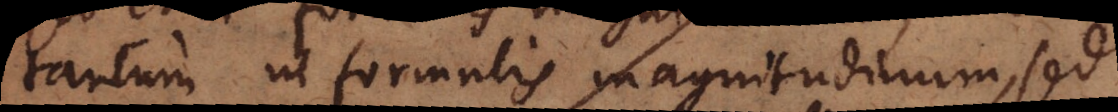
tantum in formulis magnitudinum, sed